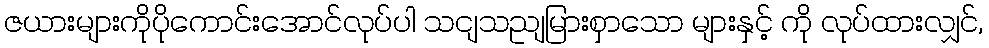
ဇယားများကိုပိုကောင်းအောင်လုပ်ပါ သငျသညျမြားစှာသော များနှင့် ကို လုပ်ထားလျှင်,